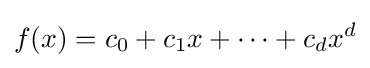
f(x)=c_{0}+c_{1}x+\cdots +c_{d}x^{d}